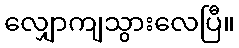
လျှောကျသွားလေပြီ။